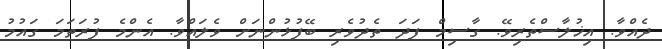
ދެއްވާ. އިޚުލާސްތެރިވޭ. ގާސިމް ފަދަ ތެދުވެރި ބޭފުޅުންނަށް ވެލައްވާ. އެންމެ ފުރަތަމަ ގައުމު